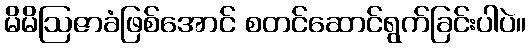
မိမိဩဇာခံဖြစ်အောင် စတင်ဆောင်ရွက်ခြင်းပါပဲ။